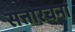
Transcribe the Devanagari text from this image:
सत्तारचना